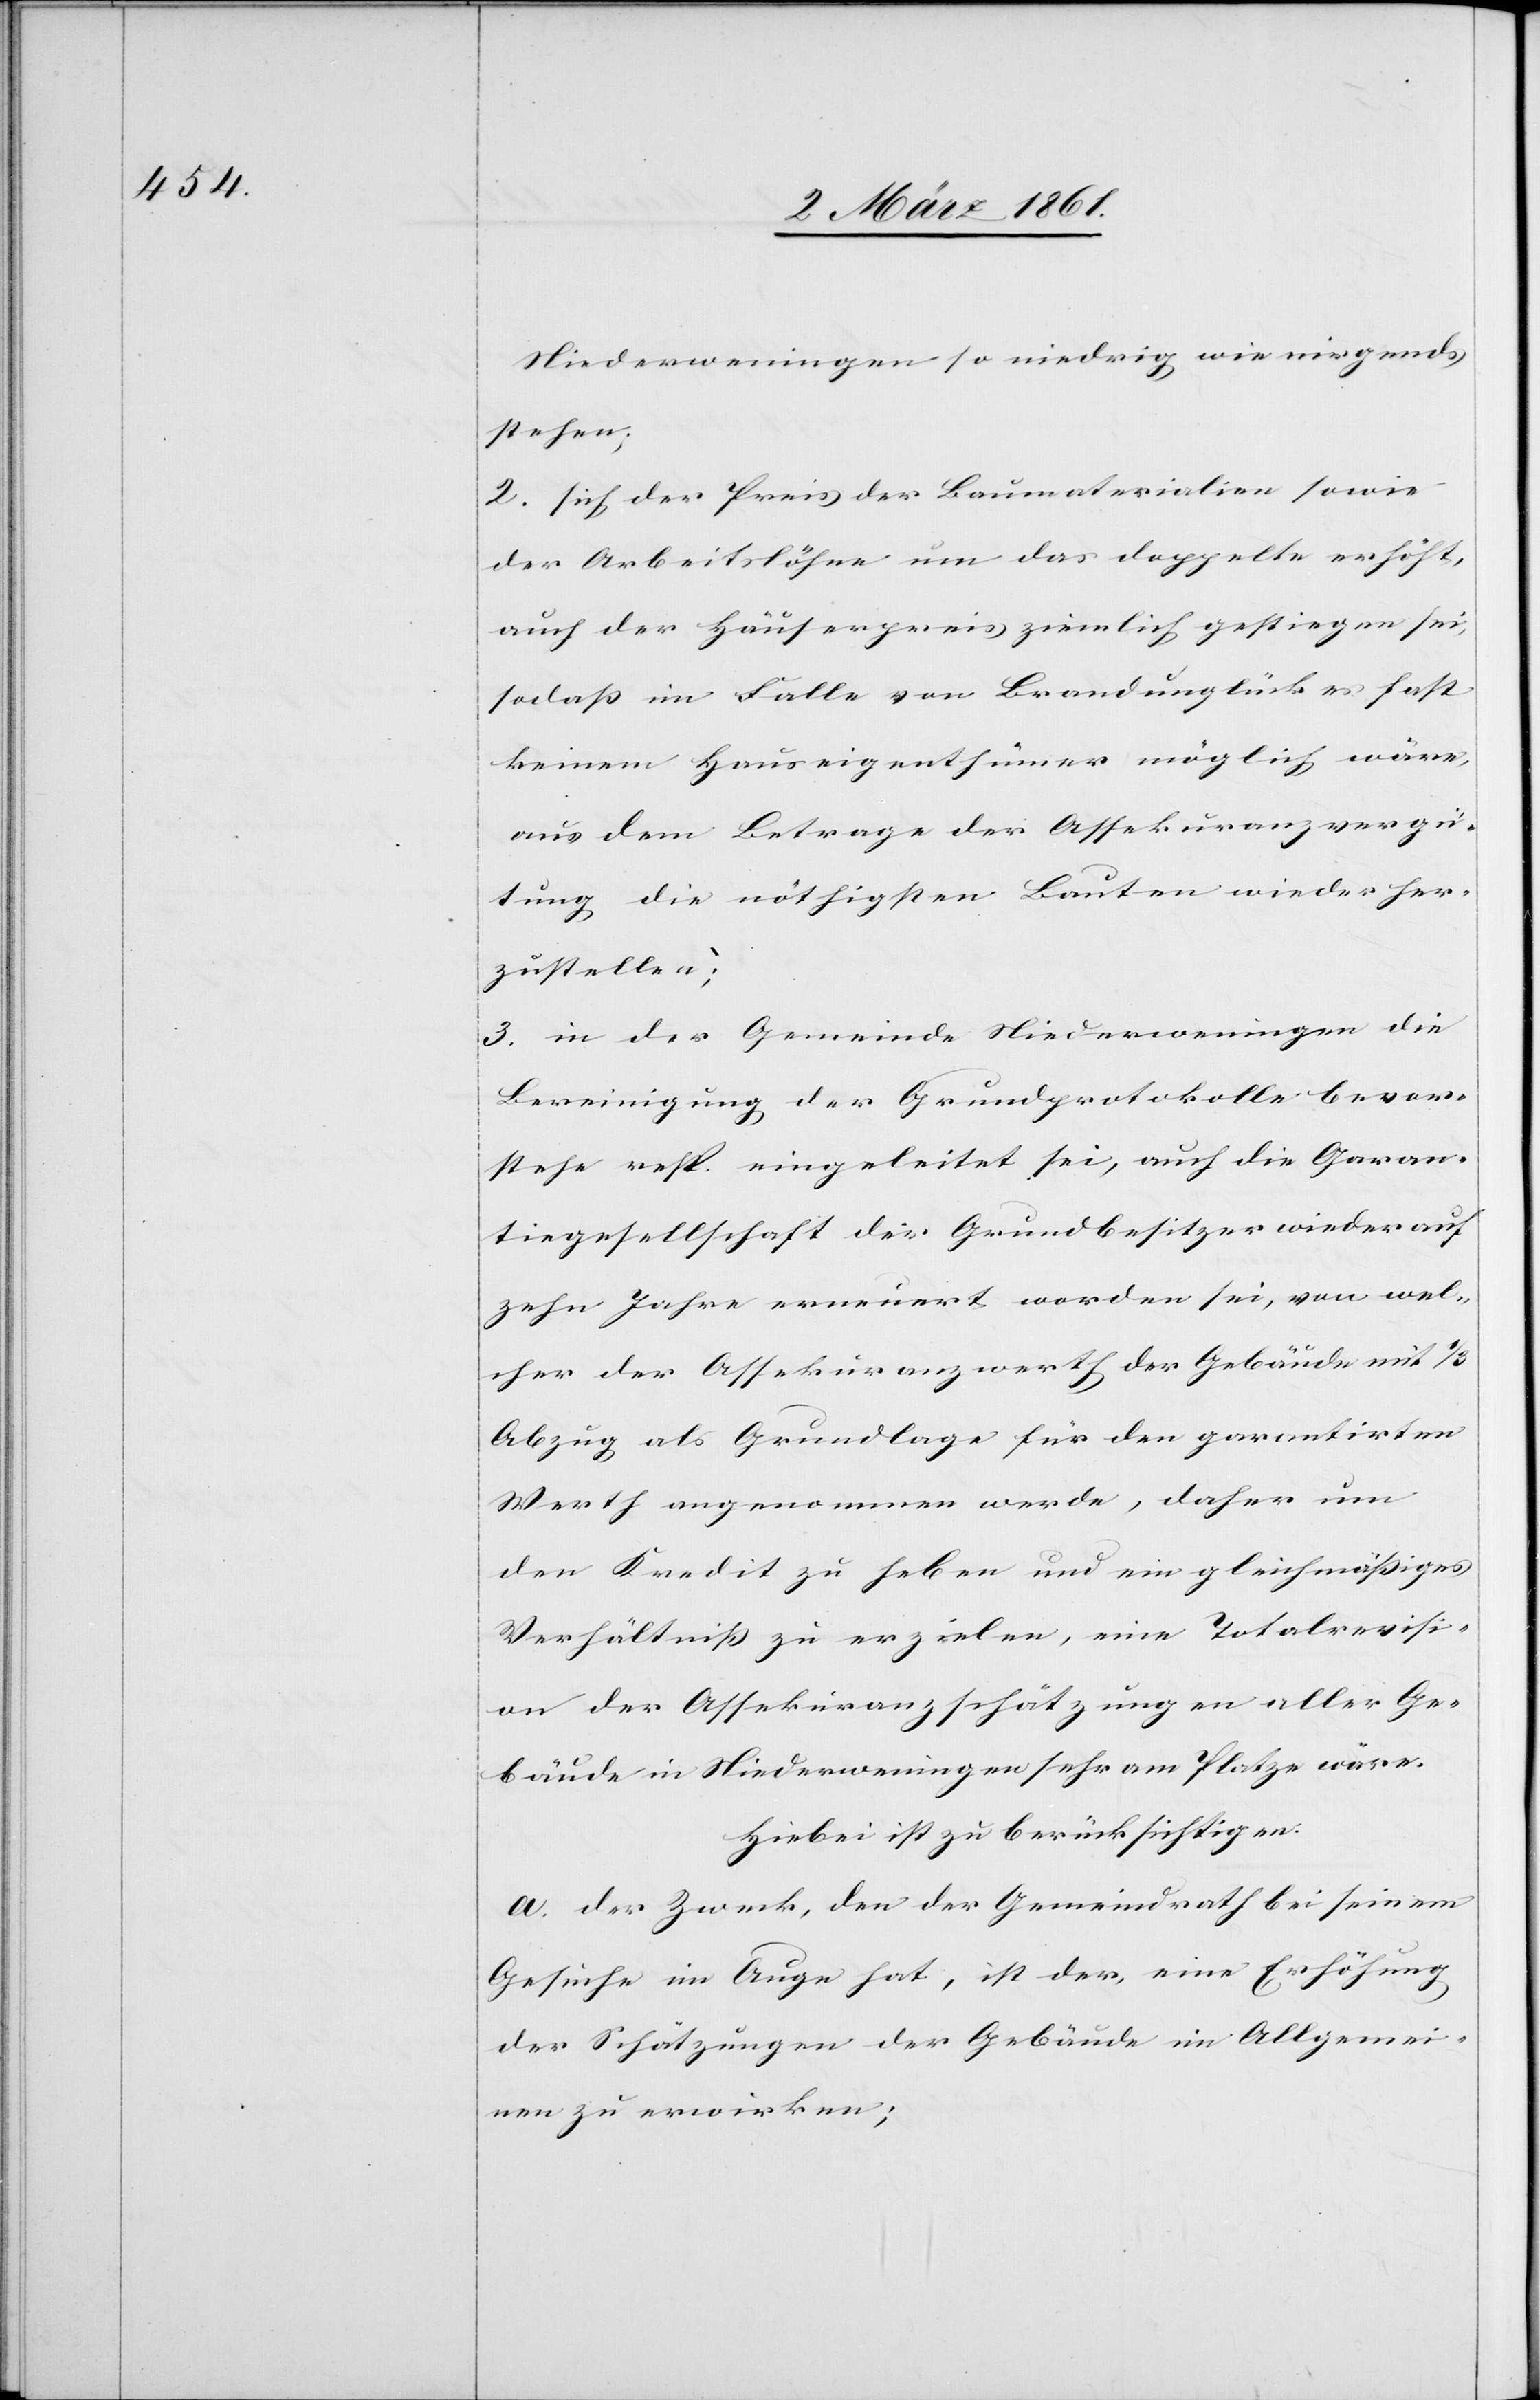
Niederweningen so niedrig wie nirgends
stehen;
2. sich der Preis der Baumaterialien sowie
der Arbeitslöhne um das doppelte erhöht,
auch der Häuserpreis ziemlich gestiegen sei,
so dass im Falle von Brandunglück es fast
keinem Hauseigenthümer möglich wäre,
aus dem Betrage der Assekuranzvergü¬
tung die nöthigsten Bauten wieder her¬
zustellen;
3. in der Gemeinde Niederweningen die
Bereinigung der Grundprotokolle bevor¬
stehe resp. eingeleitet sei, auch die Garan¬
tiegesellschaft der Grundbesitzer wieder auf
zehn Jahre erneuert worden sei, von wel¬
cher der Assekuranzwerth der Gebäude mit 1/3
Abzug als Grundlage für den garantirten
Werth angenommen werde, daher um
den Kredit zu heben und ein gleichmässiges
Verhältniss zu erzielen, eine Totalrevisi¬
on der Assekuranzschätzungen aller Ge¬
bäude in Niederweningen sehr am Platze wäre.
Hiebei ist zu berücksichtigen:
a. Der Zweck, den der Gemeindrath bei seinem
Gesuche im Auge hat, ist der, eine Erhöhung
der Schätzungen der Gebäude im Allgemei¬
nen zu erwirken;